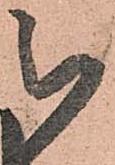
被